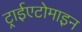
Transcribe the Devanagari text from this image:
ट्राईएटोमाइन